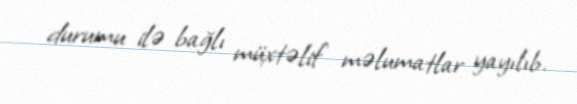
durumu ilə bağlı müxtəlif məlumatlar yayılıb.